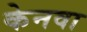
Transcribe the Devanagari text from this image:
केनवा